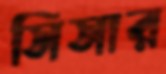
সিসার